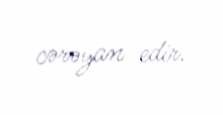
cərəyan edir.